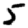
Digit: 5